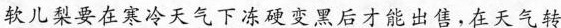
软儿梨要在寒冷天气下冻硬变黑后才能出售，在天气转